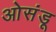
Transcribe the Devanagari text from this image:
ओसंडू